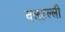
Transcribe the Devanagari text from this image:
बलहल्ली